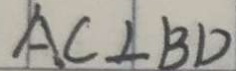
A C \bot B D